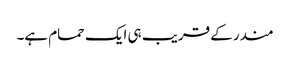
مندر کے قریب ہی ایک حمام ہے۔